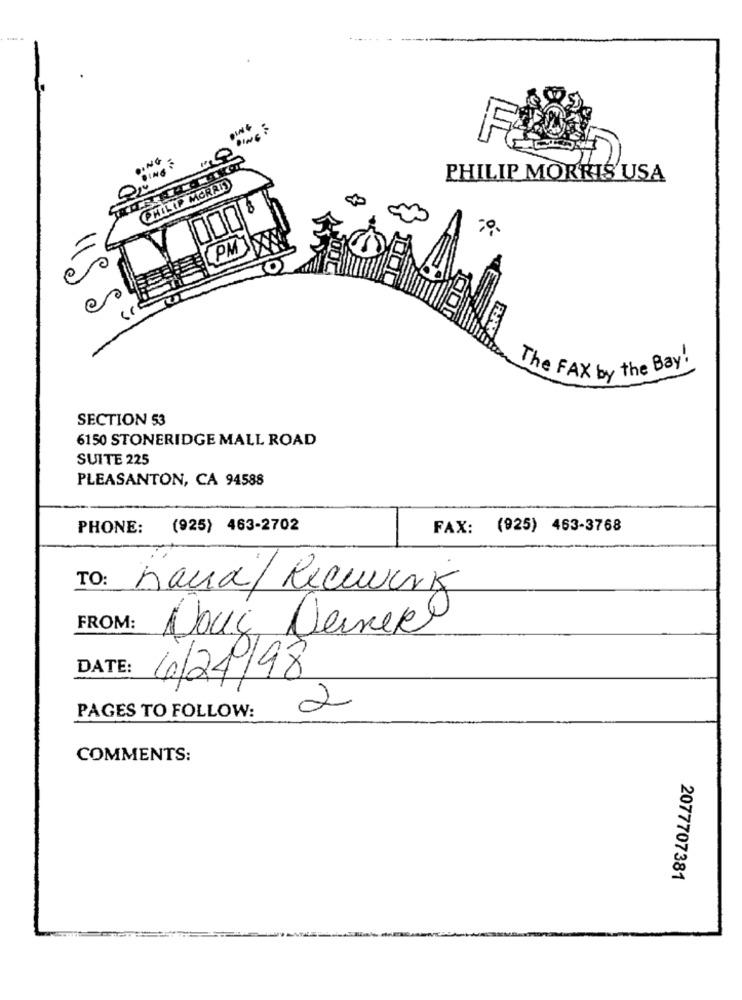
PHILIP MORRIS USA
PHILIP MORRIS
PM
The FAX by the Bay!
SECTION 53
6150 STONERIDGE MALL ROAD
SUITE 225
PLEASANTON, CA 94588
PHONE:
(925) 463-2702
FAX: (925) 463-3768
TO:
Kanal Receberis
FROM:
Nous Dernek
DATE:
6/24/98
2
PAGES TO FOLLOW:
COMMENTS:
2077707381